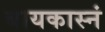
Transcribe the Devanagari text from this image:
बायकास्नं